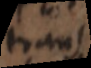
trans